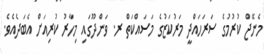
މެނޭޖް ކުރުމުގެ ސަރަހައްދީ މަރުކަޒުގެ މަސައްކަތް ރ. ވަންދޫގައި މިހާރު ކުރިއަށް އެބަދެއެވެ.